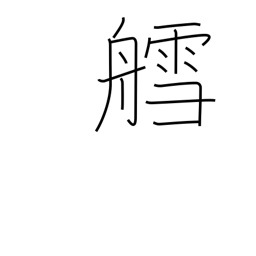
Meaning: sled